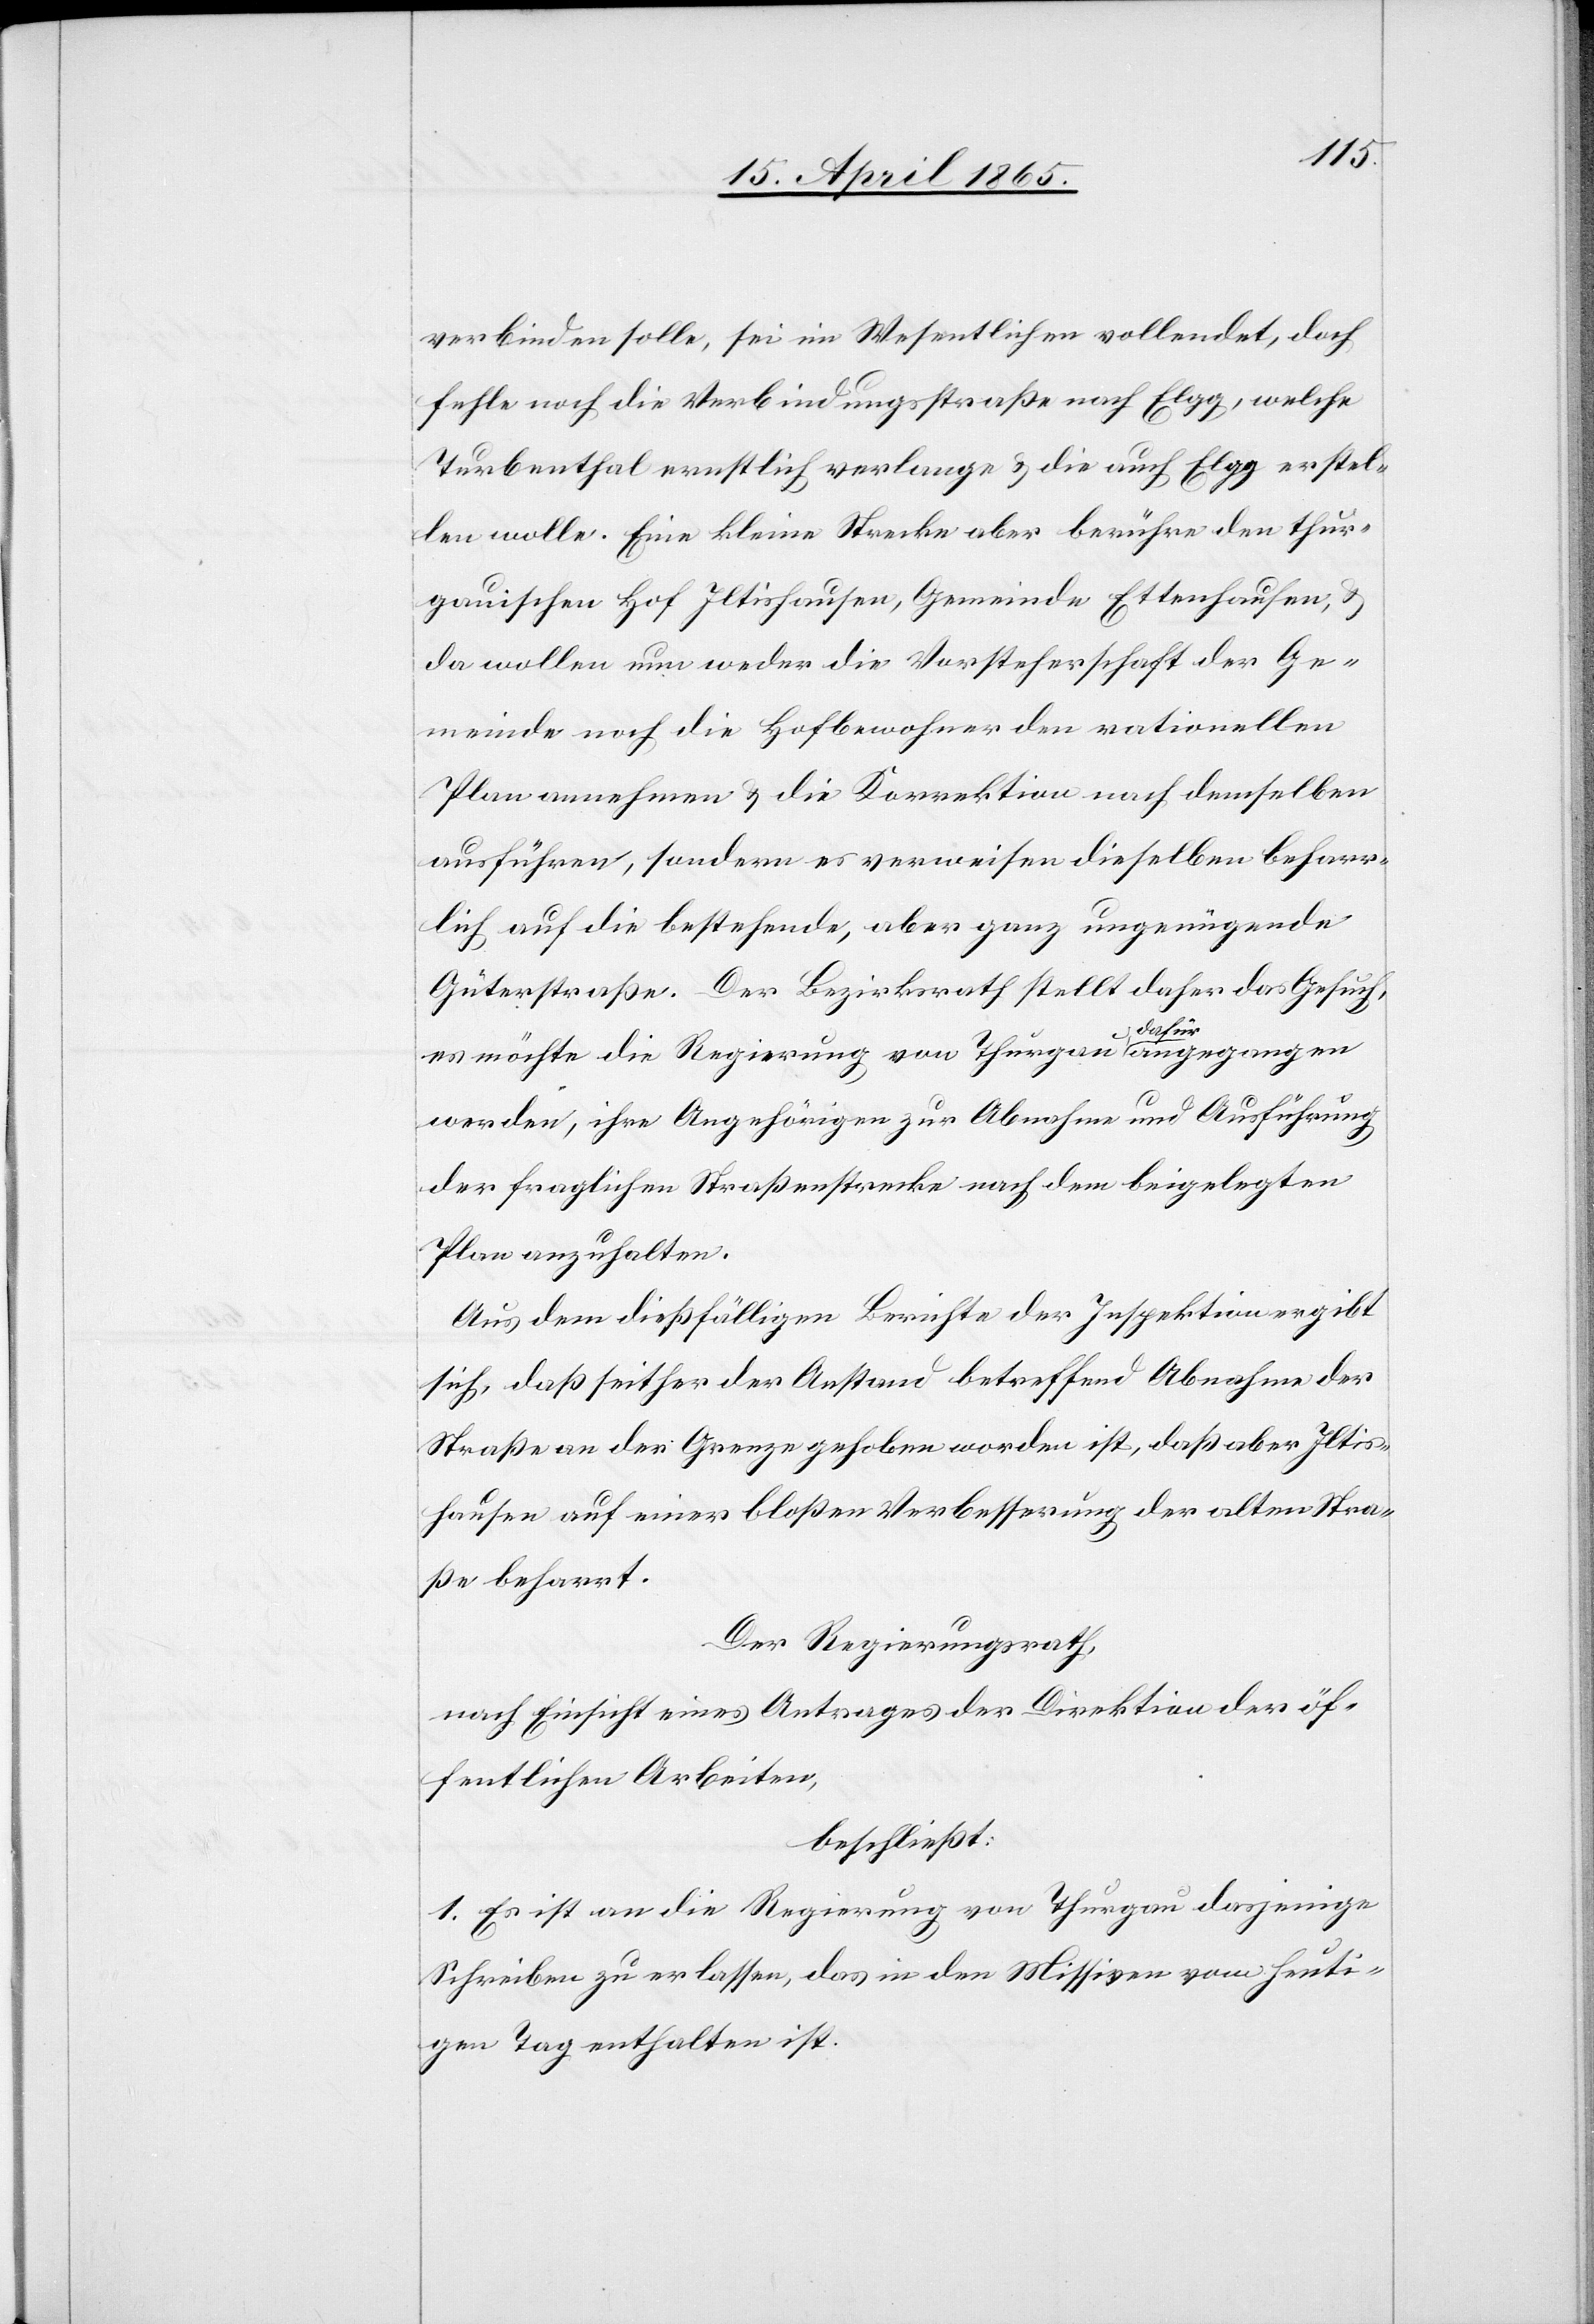
verbinden solle, sei im Wesentlichen vollendet, doch
fehle noch die Verbindungsstraße nach Elgg, welche
Turbenthal ernstlich verlange & die auch Elgg erstel¬
len wolle. Eine kleine Strecke aber berühre den thur¬
gauischen Hof Iltishausen, Gemeinde Ettenhausen, &
da wollen nun weder die Vorsteherschaft der Ge¬
meinde noch die Hofbewohner den rationellen
Plan annehmen & die Korrektion nach demselben
ausführen, sondern es verweisen dieselben beharr¬
lich auf die bestehende, aber ganz ungenügende
Güterstraße. Der Bezirksrath stellt daher das Gesuch,
es möchte die Regierung von Thurgau dafür angegangen
werden, ihre Angehörigen zur Abnahme und Ausführung
der fraglichen Straßenstrecke nach dem beigelegten
Plan anzuhalten.
Aus dem dießfälligen Berichte der Inspektion ergibt
sich, daß seither der Anstand betreffend Abnahme der
Straße an der Grenze gehoben worden ist, daß aber Iltis¬
hausen auf einer bloßen Verbesserung der alten Stra¬
ße beharrt.
Der Regierungsrath,
nach Einsicht eines Antrages der Direktion der öf¬
fentlichen Arbeiten,
beschließt:
1. Es ist an die Regierung von Thurgau dasjenige
Schreiben zu erlassen, das in den Missiven vom heuti¬
gen Tag enthalten ist.